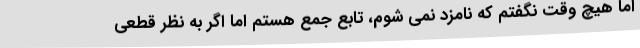
اما هیچ وقت نگفتم که نامزد نمی شوم، تابع جمع هستم اما اگر به نظر قطعی